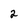
Character: 2